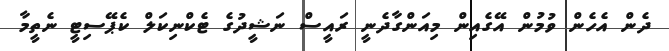
ދެން އެހެން ވުމުން އޭގެއިން މިއަންގާދެނީ ރައީސް ނަޝީދުގެ ޓެކްނިކަލް ކެޕޭސިޓީ ނެތީމާ